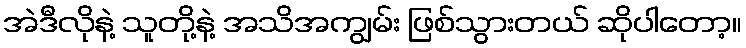
အဲဒီလိုနဲ့ သူတို့နဲ့ အသိအကျွမ်း ဖြစ်သွားတယ် ဆိုပါတော့။